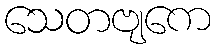
သေတဗျကေ